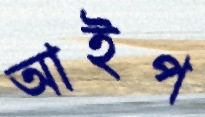
আইপ